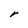
Character: r